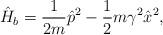
LaTeX: \begin{align*}\hat{H}_b =\frac{1}{2m}\hat{p}^2 -\frac{1}{2} m\gamma^2 \hat{x}^2, \end{align*}